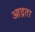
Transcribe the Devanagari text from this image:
आद्रता